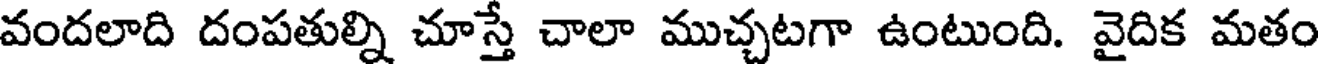
వందలాది దంపతుల్ని చూస్తే చాలా ముచ్చటగా ఉంటుంది. వైదిక మతం